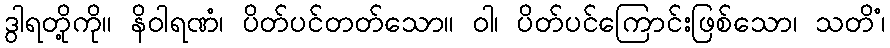
ဒွါရတို့ကို။ နိဝါရဏံ၊ ပိတ်ပင်တတ်သော။ ဝါ၊ ပိတ်ပင်ကြောင်းဖြစ်သော၊ သတိံ၊